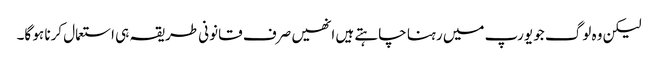
لیکن وہ لوگ جو یورپ میں رہنا چاہتے ہیں انھیں صرف قانونی طریقہ ہی استعمال کرنا ہو گا۔